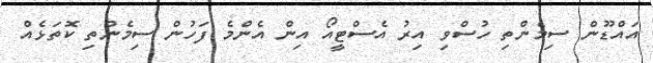
އައްޑޫން ސިމެންތި ހުސްވި އިރު އެސްޓީއޯ އިން އެންމެ ފަހުން ސިމެންތި ކޮތަޅެއް